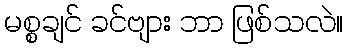
မစ္စချင် ခင်ဗျား ဘာ ဖြစ်သလဲ။